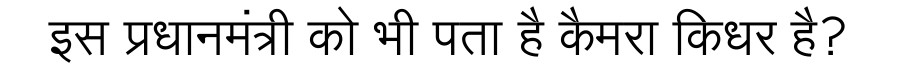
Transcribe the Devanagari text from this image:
इस प्रधानमंत्री को भी पता है कैमरा किधर है?